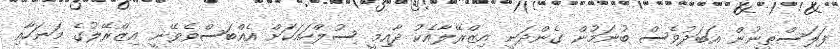
ފަލަސްޠީނުން އަބަދުވެސް ބުނަމުން ގެންދަނީ އިޒްރޭލާއެކު ދާއިމީ ސުލްހައަކަށް އެއްބަސްވެވޭނީ އިޒްރޭލުގެ މަނަހާއި